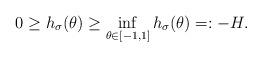
LaTeX: \begin{align*} 0 \geq h_\sigma(\theta) \geq \inf_{\theta \in [-1,1]} h_\sigma(\theta) =:-H. \end{align*}